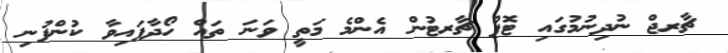
ޗާރޖް ނުދިނުމުގައި ޓޮޕް ޗާރޓުން އެންމެ މަތީ ވަނަ ތައް ހޯދާފައިވާ ކުންފުނި